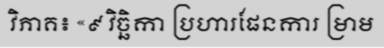
វិភាគ៖ «៩ វិច្ឆិកា ប្រហារផែនការ ម្រាម